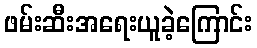
ဖမ်းဆီးအရေးယူခဲ့ကြောင်း